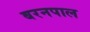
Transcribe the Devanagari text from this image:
बरनपाल